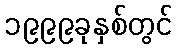
၁၉၉၉ခုနှစ်တွင်